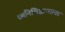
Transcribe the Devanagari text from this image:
ध्वनिसिद्धान्तावर